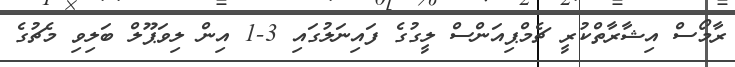
ރާމޯސް އިޝާރާތްކުރީ ޗެމްޕިއަންސް ލީގުގެ ފައިނަލުގައި 3-1 އިން ލިވަޕޫލް ބަލިވި މެޗުގެ